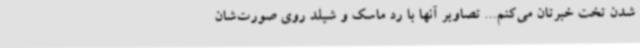
شدن تخت خبرتان می‌کنم... تصاویر آنها با رد ماسک و شیلد روی صورت‌شان